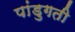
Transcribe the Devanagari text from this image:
पांडुगती